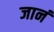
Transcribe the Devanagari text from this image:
जानं